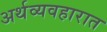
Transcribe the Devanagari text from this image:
अर्थव्यवहारात